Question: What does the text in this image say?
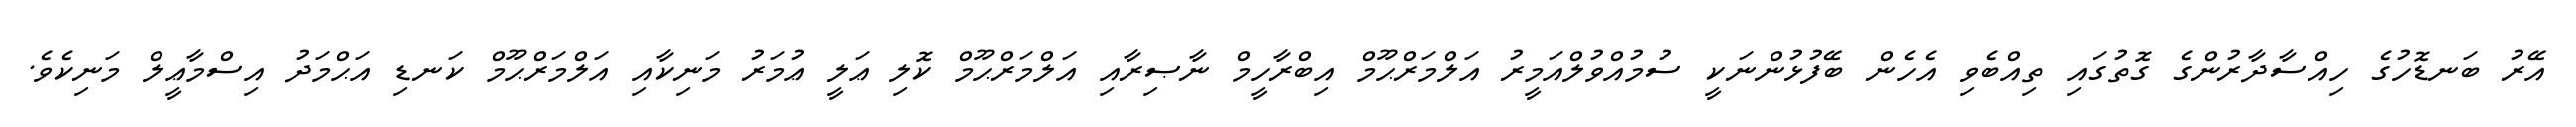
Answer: އޭރު ބަނޑޮހުގެ ހިއްސާދާރުންގެ ގޮތުގައި ތިއްބެވި އެހެން ބޭފުޅުންނަކީ ސުމުއްވުލްއަމީރު އަލްމަރްޙޫމް އިބްރާހީމް ނާޞިރާއި އަލްމަރްޙޫމް ކޮލި ޢަލީ ޢުމަރު މަނިކާއި އަލްމަރްޙޫމް ކަނޑި އަޙްމަދު އިސްމާޢީލް މަނިކެވެ.